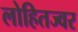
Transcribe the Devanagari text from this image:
लोहितज्वर